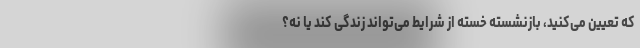
که تعیین می‌کنید، بازنشسته خسته از شرایط می‌تواند زندگی کند یا نه؟